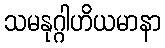
သမနုဂ္ဂါဟိယမာနာ